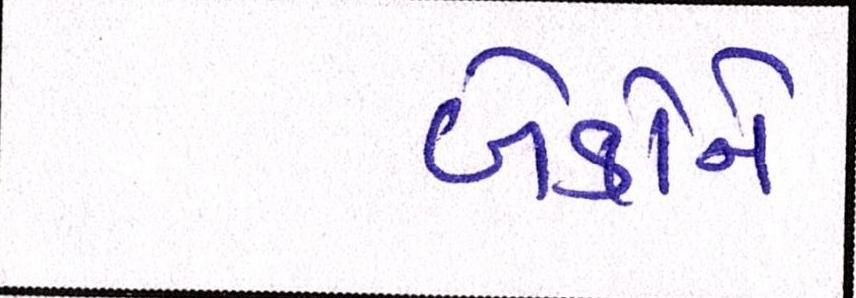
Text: બેંકોને